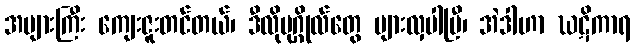
အများကြီး ကျေးဇူးတင်တယ်၊ ဒီလိုပုဂ္ဂိုလ်တွေ များလှပါပြီ၊ အဲဒါဟာ ဃဋိကာရ